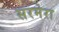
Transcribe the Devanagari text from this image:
सरमेरा